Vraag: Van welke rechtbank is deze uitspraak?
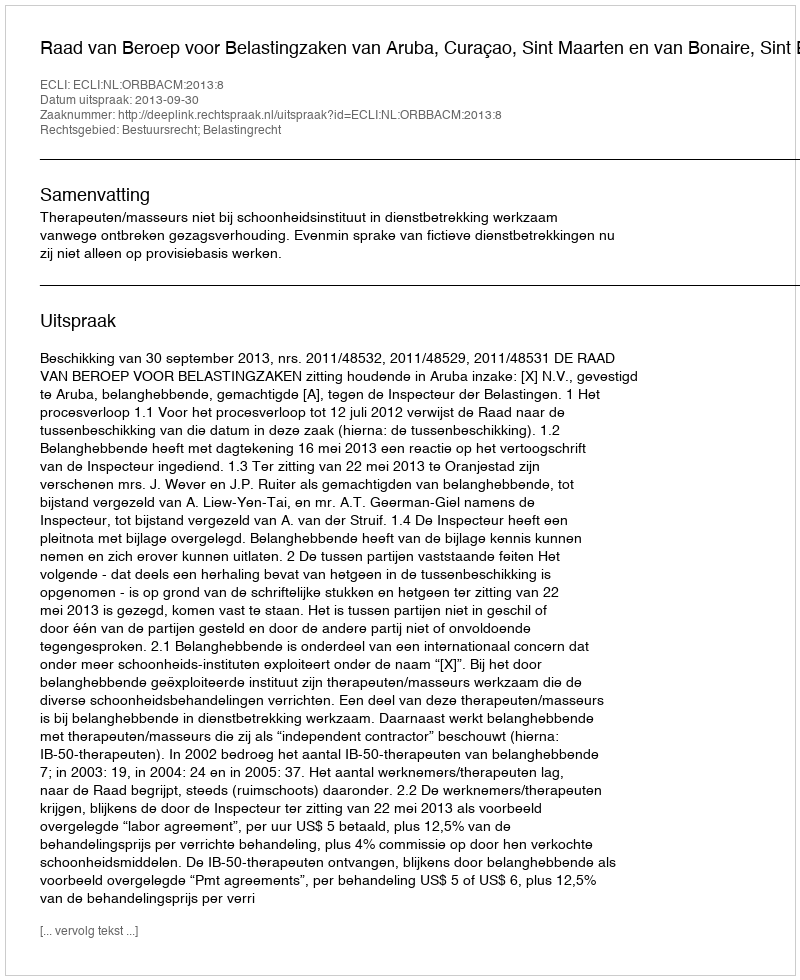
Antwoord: Raad van Beroep voor Belastingzaken van Aruba, Curaçao, Sint Maarten en van Bonaire, Sint Eustatius en Saba